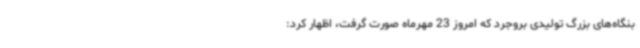
بنگاه‌های بزرگ تولیدی بروجرد که امروز 23 مهرماه صورت گرفت، اظهار کرد: